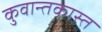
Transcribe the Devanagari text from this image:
कुवान्तकास्त